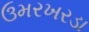
ઉમરખરડા